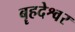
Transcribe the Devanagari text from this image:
बॄहदेश्वर